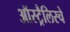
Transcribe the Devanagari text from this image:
ऑस्ट्रैलिस्चे